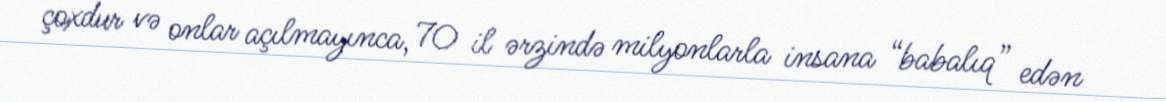
çoxdur və onlar açılmayınca, 70 il ərzində milyonlarla insana “babalıq” edən